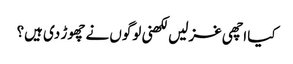
کیا اچھی غزلیں لکھنی لوگوں نے چھوڑ دی ہیں؟